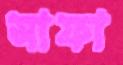
সাফা